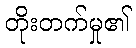
တိုးတက်မှု၏